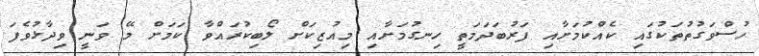
ހުސްވަގުތުތަކުގައި ކެއްކުމަށާއި ފަރުބަދަމަތީ ހިނގުމަށާއި މިއުޒިކަށް ލޯބިކުރައްވާ ކަމަށް މޭ ވަނީ ވިދާޅުވެފަ